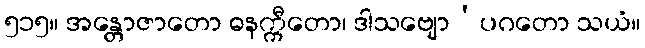
၅၁၅။ အန္တောဇာတော ဓနက္ကီတော၊ ဒါသဗျော’ပဂတော သယံ။